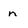
Character: n